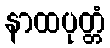
နာထပုတ္တံ